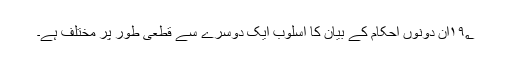
۱۹؂ان دونوں احکام کے بیان کا اسلوب ایک دوسرے سے قطعی طور پر مختلف ہے۔